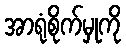
အာရုံစိုက်မှုကို